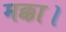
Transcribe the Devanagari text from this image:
मक्का।